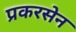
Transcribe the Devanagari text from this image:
प्रकरसेन